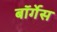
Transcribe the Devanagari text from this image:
बॉर्गेस